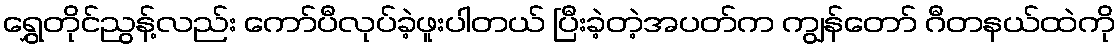
ရွှေတိုင်ညွန့်လည်း ကော်ပီလုပ်ခဲ့ဖူးပါတယ် ပြီးခဲ့တဲ့အပတ်က ကျွန်တော် ဂီတနယ်ထဲကို